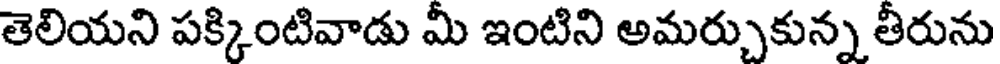
తెలియని పక్కింటివాడు మీ ఇంటిని అమర్చుకున్న తీరును